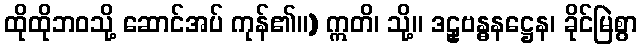
ထိုထိုဘဝသို့ ဆောင်အပ် ကုန်၏။) ဣတိ၊ သို့။ ဒဠှဗန္ဓနဋ္ဌေန၊ ခိုင်မြဲစွာ